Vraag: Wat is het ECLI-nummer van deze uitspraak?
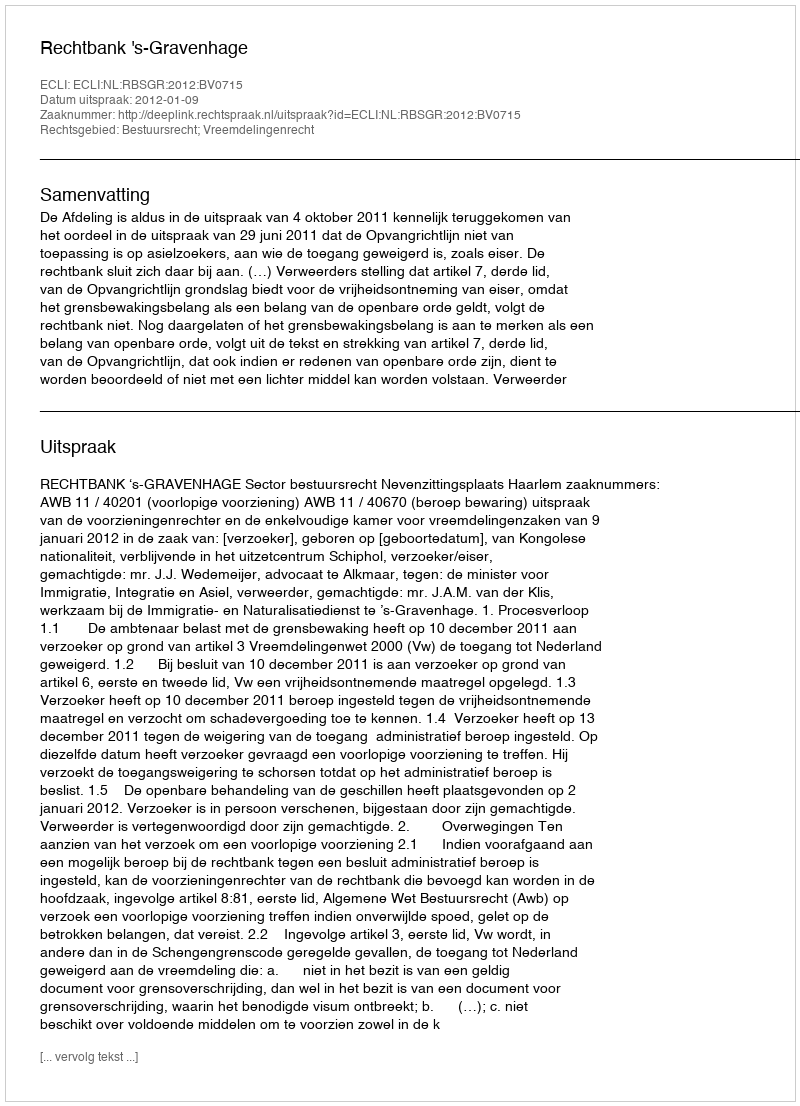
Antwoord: ECLI:NL:RBSGR:2012:BV0715